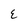
Character: E